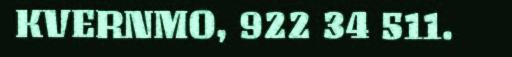
KVERNMO, 922 34 511.